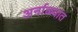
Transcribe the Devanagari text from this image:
अर्नाळ्यात